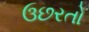
ઉછરતો